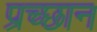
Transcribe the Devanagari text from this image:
प्रच्छान